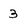
Character: 3